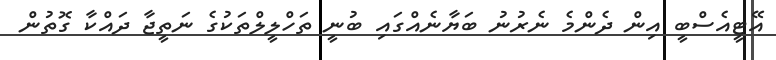
އޭޓީއެސްބީ އިން ދެންމެ ނެރުނު ބަޔާނެއްގައި ބުނީ ތަހްލީލްތަކުގެ ނަތީޖާ ދައްކާ ގޮތުން